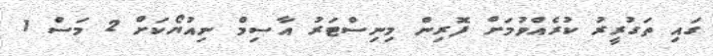
ގައި ތަގުރީރު ކުރެއްވުމަށް ފޮރިން މިނިސްޓަރު އާސިމް ނިއުޔޯކަށް 2 މަސް 1